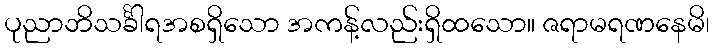
ပုညာဘိသင်္ခါရအစရှိသော အကန့်လည်းရှိထသော။ ဇရာမရဏနေမိ၊